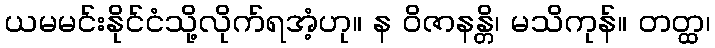
ယမမင်းနိုင်ငံသို့လိုက်ရအံ့ဟု။ န ဝိဇာနန္တိ၊ မသိကုန်။ တတ္ထ၊